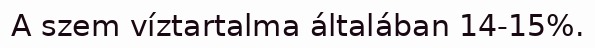
A szem víztartalma általában 14-15%.